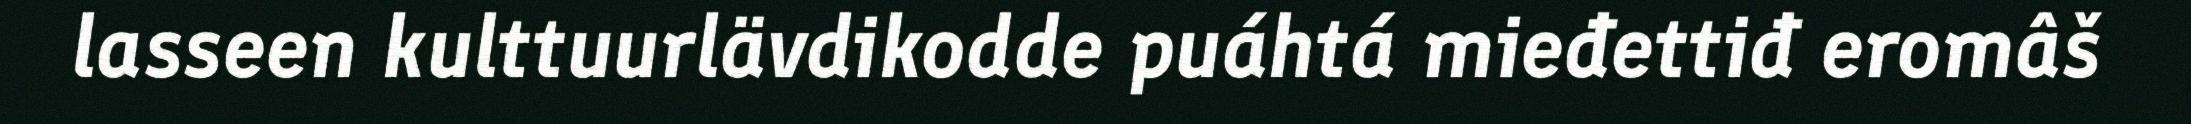
lasseen kulttuurlävdikodde puáhtá mieđettiđ eromâš